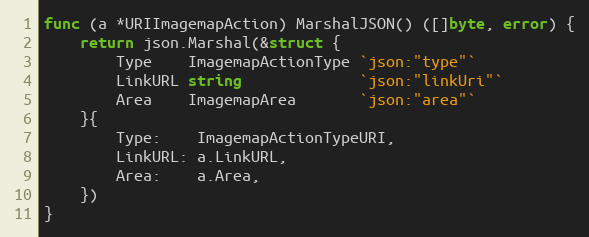
Language: Go
func (a *URIImagemapAction) MarshalJSON() ([]byte, error) {
	return json.Marshal(&struct {
		Type    ImagemapActionType `json:"type"`
		LinkURL string             `json:"linkUri"`
		Area    ImagemapArea       `json:"area"`
	}{
		Type:    ImagemapActionTypeURI,
		LinkURL: a.LinkURL,
		Area:    a.Area,
	})
}